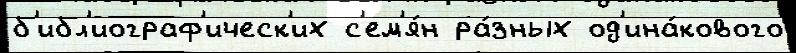
б'ибл'иограф'ическ'их с'ем'я́н ра́зных од'ина́кового